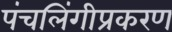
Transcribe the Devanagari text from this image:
पंचलिंगीप्रकरण